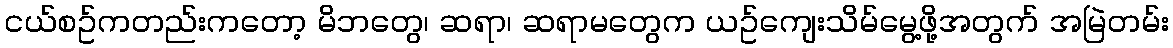
ငယ်စဥ်ကတည်းကတော့ မိဘတွေ၊ ဆရာ၊ ဆရာမတွေက ယဥ်ကျေးသိမ်မွေ့ဖို့အတွက် အမြဲတမ်း